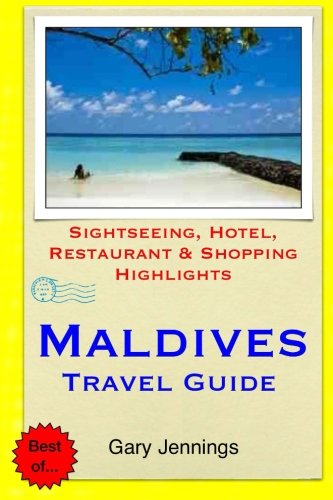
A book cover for Maldives Travel Guide: Sightseeing, Hotel, Restaurant & Shopping Highlights; Gary Jennings; Travel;